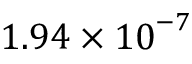
1 . 9 4 \times { { 1 0 } ^ { - 7 } }